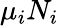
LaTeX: \mu_{i}N_{i}